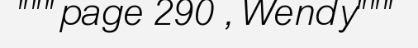
"""page 290 , Wendy"""